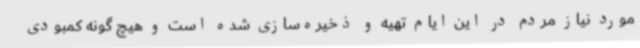
مورد نیاز مردم در این ایام تهیه و ذخیره‌سازی شده است و هیچ گونه کمبودی